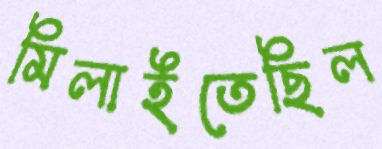
মিলাইতেছিল